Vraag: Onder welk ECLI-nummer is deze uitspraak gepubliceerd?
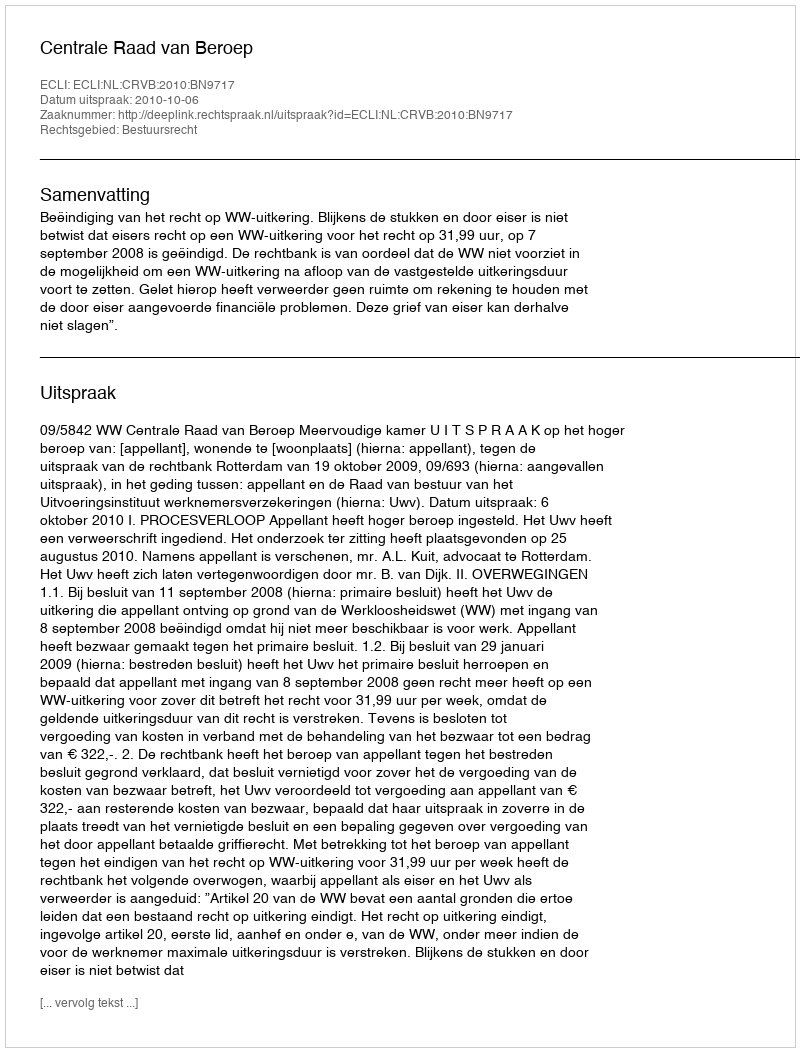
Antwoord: ECLI:NL:CRVB:2010:BN9717